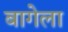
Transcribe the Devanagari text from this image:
बागेला